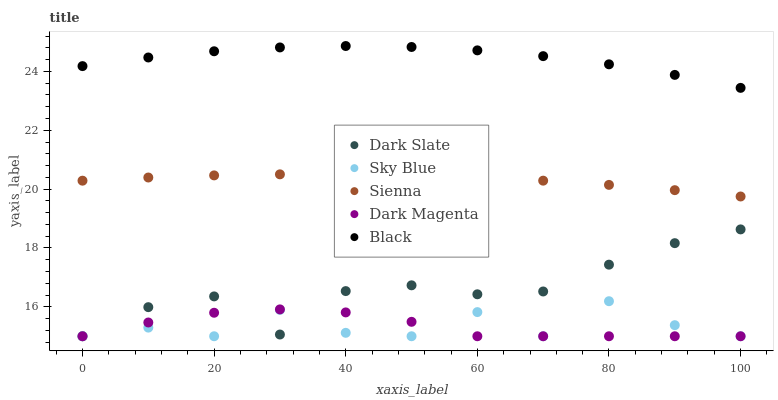
| xaxis_label | Dark Slate | Sky Blue | Sienna | Dark Magenta | Black |
 | --- | --- | --- | --- | --- | --- |
 | 0 | 15 | 15 | 20.3 | 15 | 24.2 |
 | 10 | 16 | 15.3 | 20.4 | 15.5 | 24.5 |
 | 20 | 16.4 | 15 | 20.5 | 15.8 | 24.7 |
 | 30 | 15.1 | 15.9 | 20.5 | 15.9 | 24.8 |
 | 40 | 16.5 | 15.1 | 20.5 | 15.8 | 24.9 |
 | 50 | 16.7 | 15 | 20.5 | 15.5 | 24.8 |
 | 60 | 16.4 | 15.8 | 20.4 | 15 | 24.7 |
 | 70 | 16.5 | 15 | 20.3 | 15 | 24.5 |
 | 80 | 17.4 | 16.2 | 20.1 | 15 | 24.2 |
 | 90 | 18.2 | 15.4 | 20 | 15 | 23.9 |
 | 100 | 18.6 | 15 | 19.8 | 15 | 23.4 |